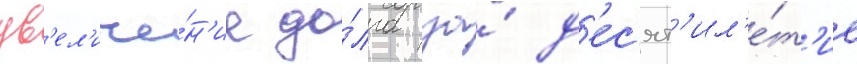
ув'ел'иче́н'ие до́лга за́ д'ес'ят'ил'е́т'ие